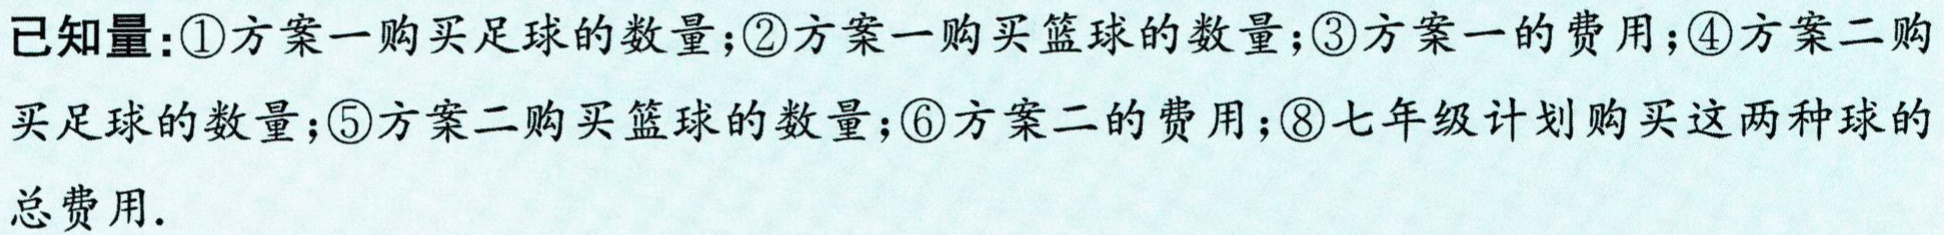
已知量：\textcircled{1}方案一购买足球的数量；\textcircled{2}方案一购买篮球的数量；\textcircled{3}方案一的费用；\textcircled{4}方案二购

买足球的数量；\textcircled{5}方案二购买篮球的数量；\textcircled{6}方案二的费用；\textcircled{8}七年级计划购买这两种球的

总费用.